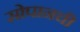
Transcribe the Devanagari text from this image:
सोपानची